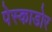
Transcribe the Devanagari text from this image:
पेस्काडोर